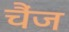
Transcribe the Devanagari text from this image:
चैंज